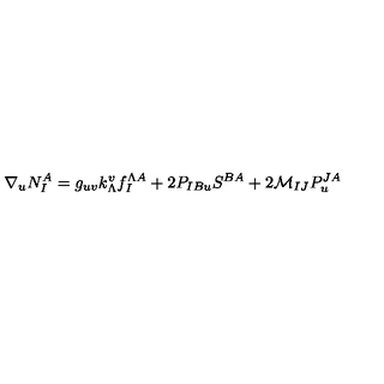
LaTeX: \nabla _ { u } N _ { I } ^ { A } = g _ { u v } k _ { \Lambda } ^ { v } f _ { I } ^ { \Lambda A } + 2 P _ { I B u } S ^ { B A } + 2 { \mathcal { M } } _ { I J } P _ { u } ^ { J A }